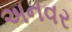
અનવર